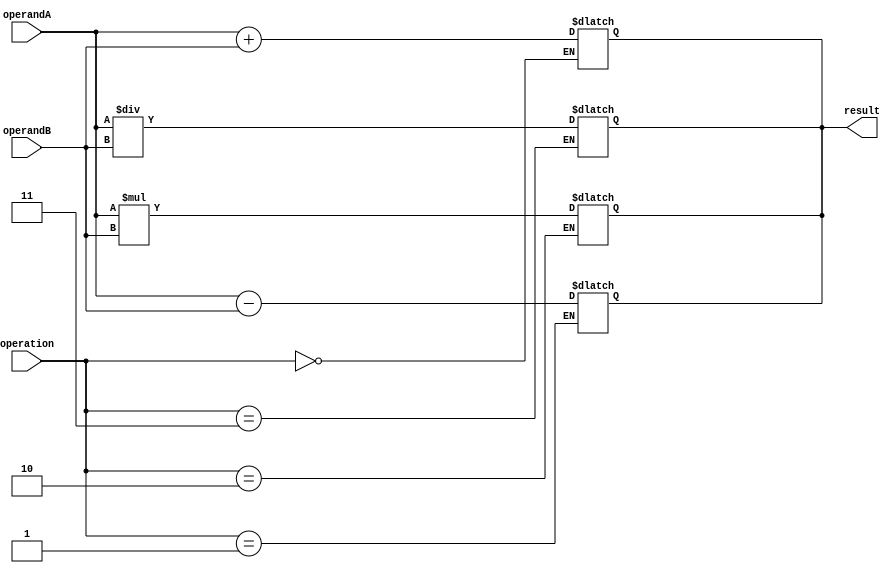
module HalfPrecisionFPU (
    input [15:0] operandA,
    input [15:0] operandB,
    input [2:0] operation,
    output reg [15:0] result
);

// Adder block
always @ (*)
begin
    if(operation == 3'b000) // Addition operation
        result = operandA + operandB;
end

// Subtractor block
always @ (*)
begin
    if(operation == 3'b001) // Subtraction operation
        result = operandA - operandB;
end

// Multiplier block
always @ (*)
begin
    if(operation == 3'b010) // Multiplication operation
        result = operandA * operandB;
end

// Divider block
always @ (*)
begin
    if(operation == 3'b011) // Division operation
        result = operandA / operandB;
end

endmodule